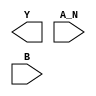
module sky130_fd_sc_hd__nand2b (
    Y  ,
    A_N,
    B
);

    output Y  ;
    input  A_N;
    input  B  ;

    // Voltage supply signals
    supply1 VPWR;
    supply0 VGND;
    supply1 VPB ;
    supply0 VNB ;

endmodule